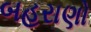
બહરાણો